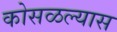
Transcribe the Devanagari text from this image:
कोसळल्यास